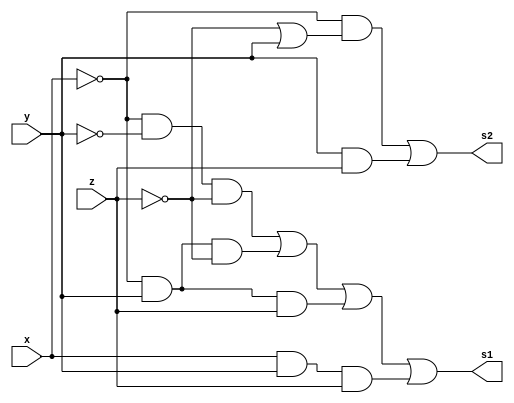
module fxyz (output s1, output s2, input x, y, z);
assign s1 = (~x & ~y & ~z) | (~x & y & ~z) | (~x & y & z) | (x & y & z); //x'.y'.z' + x'.y.z' + x.y.z'
assign s2 = ~x & (~z | y) | (y & z);
endmodule // fxyz

module e1;
reg x, y, z;
wire s1, s2;
// instancias
fxyz FXY (s1, s2, x, y, z);
// valores iniciais
initial begin: start
x=1'bx; y=1'bx; z=1'bx;// indefinidos
end
// parte principal
initial begin: main
// identificacao
$display("Test boolean expression");
// monitoramento
$display(" x  y  z =   nao_simpl  simpl");
$monitor("%2b %2b %2b =\t%2b \t %2b", x, y, z, s1, s2);
// sinalizacao
#1 x=0; y=0; z=0;
#1 x=0; y=0; z=1;
#1 x=0; y=1; z=0;
#1 x=0; y=1; z=1;
#1 x=1; y=0; z=0;
#1 x=1; y=0; z=1;
#1 x=1; y=1; z=0;
#1 x=1; y=1; z=1;
end
endmodule // test_module